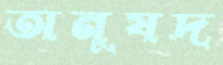
অনুষদ